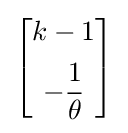
{\begin{bmatrix}k-1\\[5pt]-{\dfrac {1}{\theta }}\end{bmatrix}}